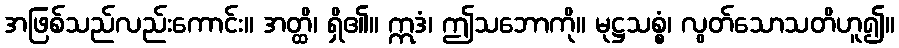
အဖြစ်သည်လည်းကောင်း။ အတ္ထိ၊ ရှိ၏။ ဣဒံ၊ ဤသဘောကို။ မုဋ္ဌသစ္စံ၊ လွတ်သောသတိဟူ၍။